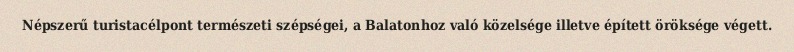
Népszerű turistacélpont természeti szépségei, a Balatonhoz való közelsége illetve épített öröksége végett.